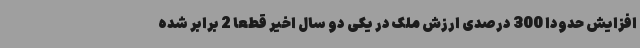
افزایش حدودا 300 درصدی ارزش ملک در یکی دو سال اخیر قطعا 2 برابر شده